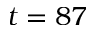
t = 8 7